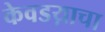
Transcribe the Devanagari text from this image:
केवडय़ाचा